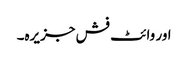
اور وائٹ فش جزیرہ۔